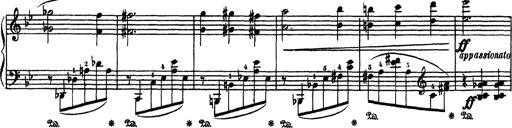
Title: AnnÃ©es de PÃ¨lerinage III
Composer: Franz Liszt